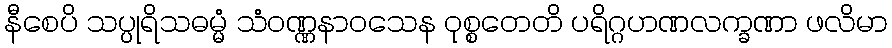
နီစေပိ သပ္ပုရိသဓမ္မံ သံဝဏ္ဏနာဝသေန ဝုစ္စတေတိ ပရိဂ္ဂဟဏလက္ခဏာ ဖလိမာ